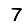
Digit: 7